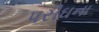
પરીઘના